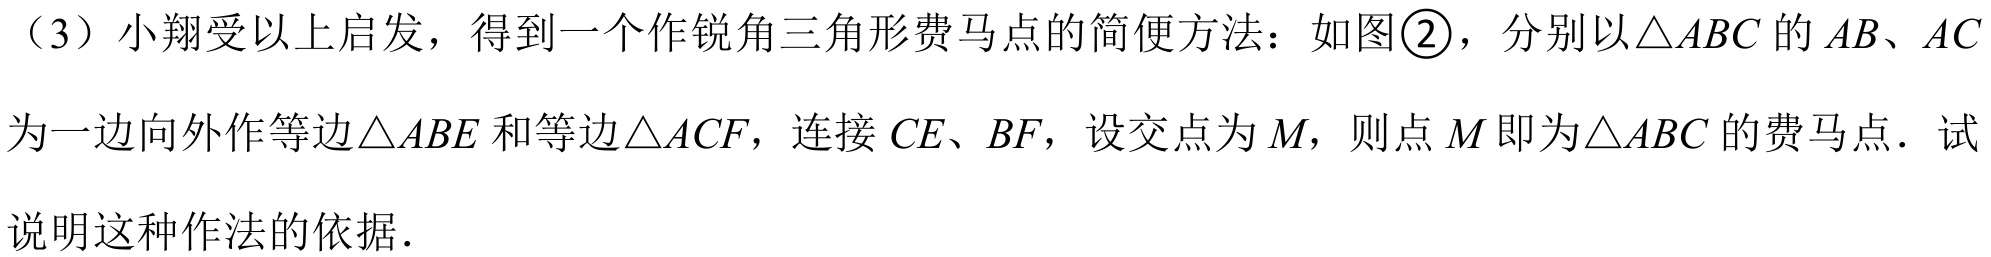
（3）小翔受以上启发，得到一个作锐角三角形费马点的简便方法：如图\textcircled{2}，分别以\(\triangle ABC\)的\(AB\)、\(AC\)为一边向外作等边\(\triangle ABE\)和等边\(\triangle ACF\)，连接\(CE\)、\(BF\)，设交点为\(M\)，则点\(M\)即为\(\triangle ABC\)的费马点．试说明这种作法的依据．